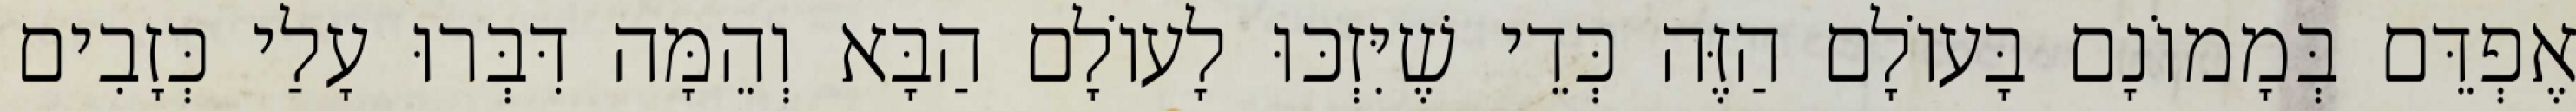
אֶפְדֵּם בְּמָמוֹנָם בָּעוֹלָם הַזֶּה כְּדֵי שֶׁיִּזְכּוּ לָעוֹלָם הַבָּא וְהֵמָּה דִּבְּרוּ עָלַי כְּזָבִים